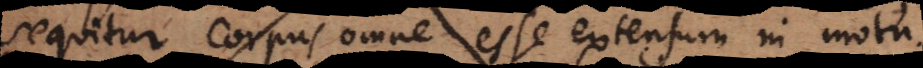
sequitur corpus omne esse extensum in motu.